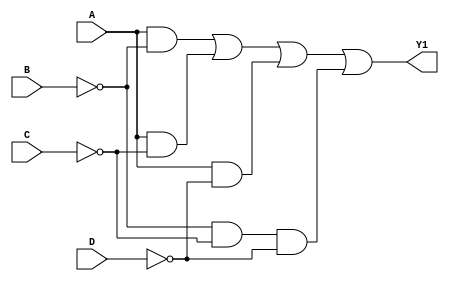
 

module EJERCICIO2T1(input wire A, B, C, D, output wire Y1);

  wire NB, NC, ND, A1, A2, A3, A4;

  not (NB, B);
  not (NC, C);
  not (ND, D);
  or  (Y1, A1, A2, A3, A4);
    and (A1, A, NB);
  and (A2, A, NC);
  and (A3, A, ND);
  and (A4, NB, NC, ND);

endmodule


module EJERCICIO2T2(input wire A, B, C, output wire Y1);

  wire NB;

  not (NB, B);
  or  (Y1, NB, C);

endmodule

module EJERCICIO2T3(input wire A, B, C, D, output wire Y1);

  wire NC, A1, A2;

  not (NC, C);
  or  (Y1, A1, A2, B);
  and (A1, NC, D);
  and (A2, A, D);

endmodule

module EJERCICIO2T4(input wire A, B, C, output wire Y1);

  wire NA, NC, A1;

  not (NA, A);
  not (NC, C);
  or  (Y1, A1, B);
  and (A1, NA, NC);

endmodule

module EJERCICIO1T1(input wire A, B, C, output wire Y1);

  assign Y1 = (A&C)|(A&~B)|(~A&~C);

endmodule


module EJERCICIO1T2(input wire A, B, C, output wire Y1);

  assign Y1 = ~B;

endmodule


module EJERCICIO1T3(input wire A, B, C, D, output wire Y1);

  assign Y1 = (~A&~B&~C&~D)|(A&B&~C&~D)|(~A&B&~C&D)|(A&~B&~C&D)|(~A&~B&C&D)|(A&B&C&D)|(~A&B&C&~D)|(A&~B&C&~D);

endmodule

module EJERCICIO1T4(input wire A, B, C, D, output wire Y1);

  assign Y1 = (A&B)|(A&C)|(A&~D);

endmodule